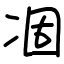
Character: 凅